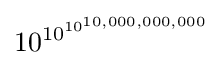
10^{10^{10^{10,000,000,000}}}